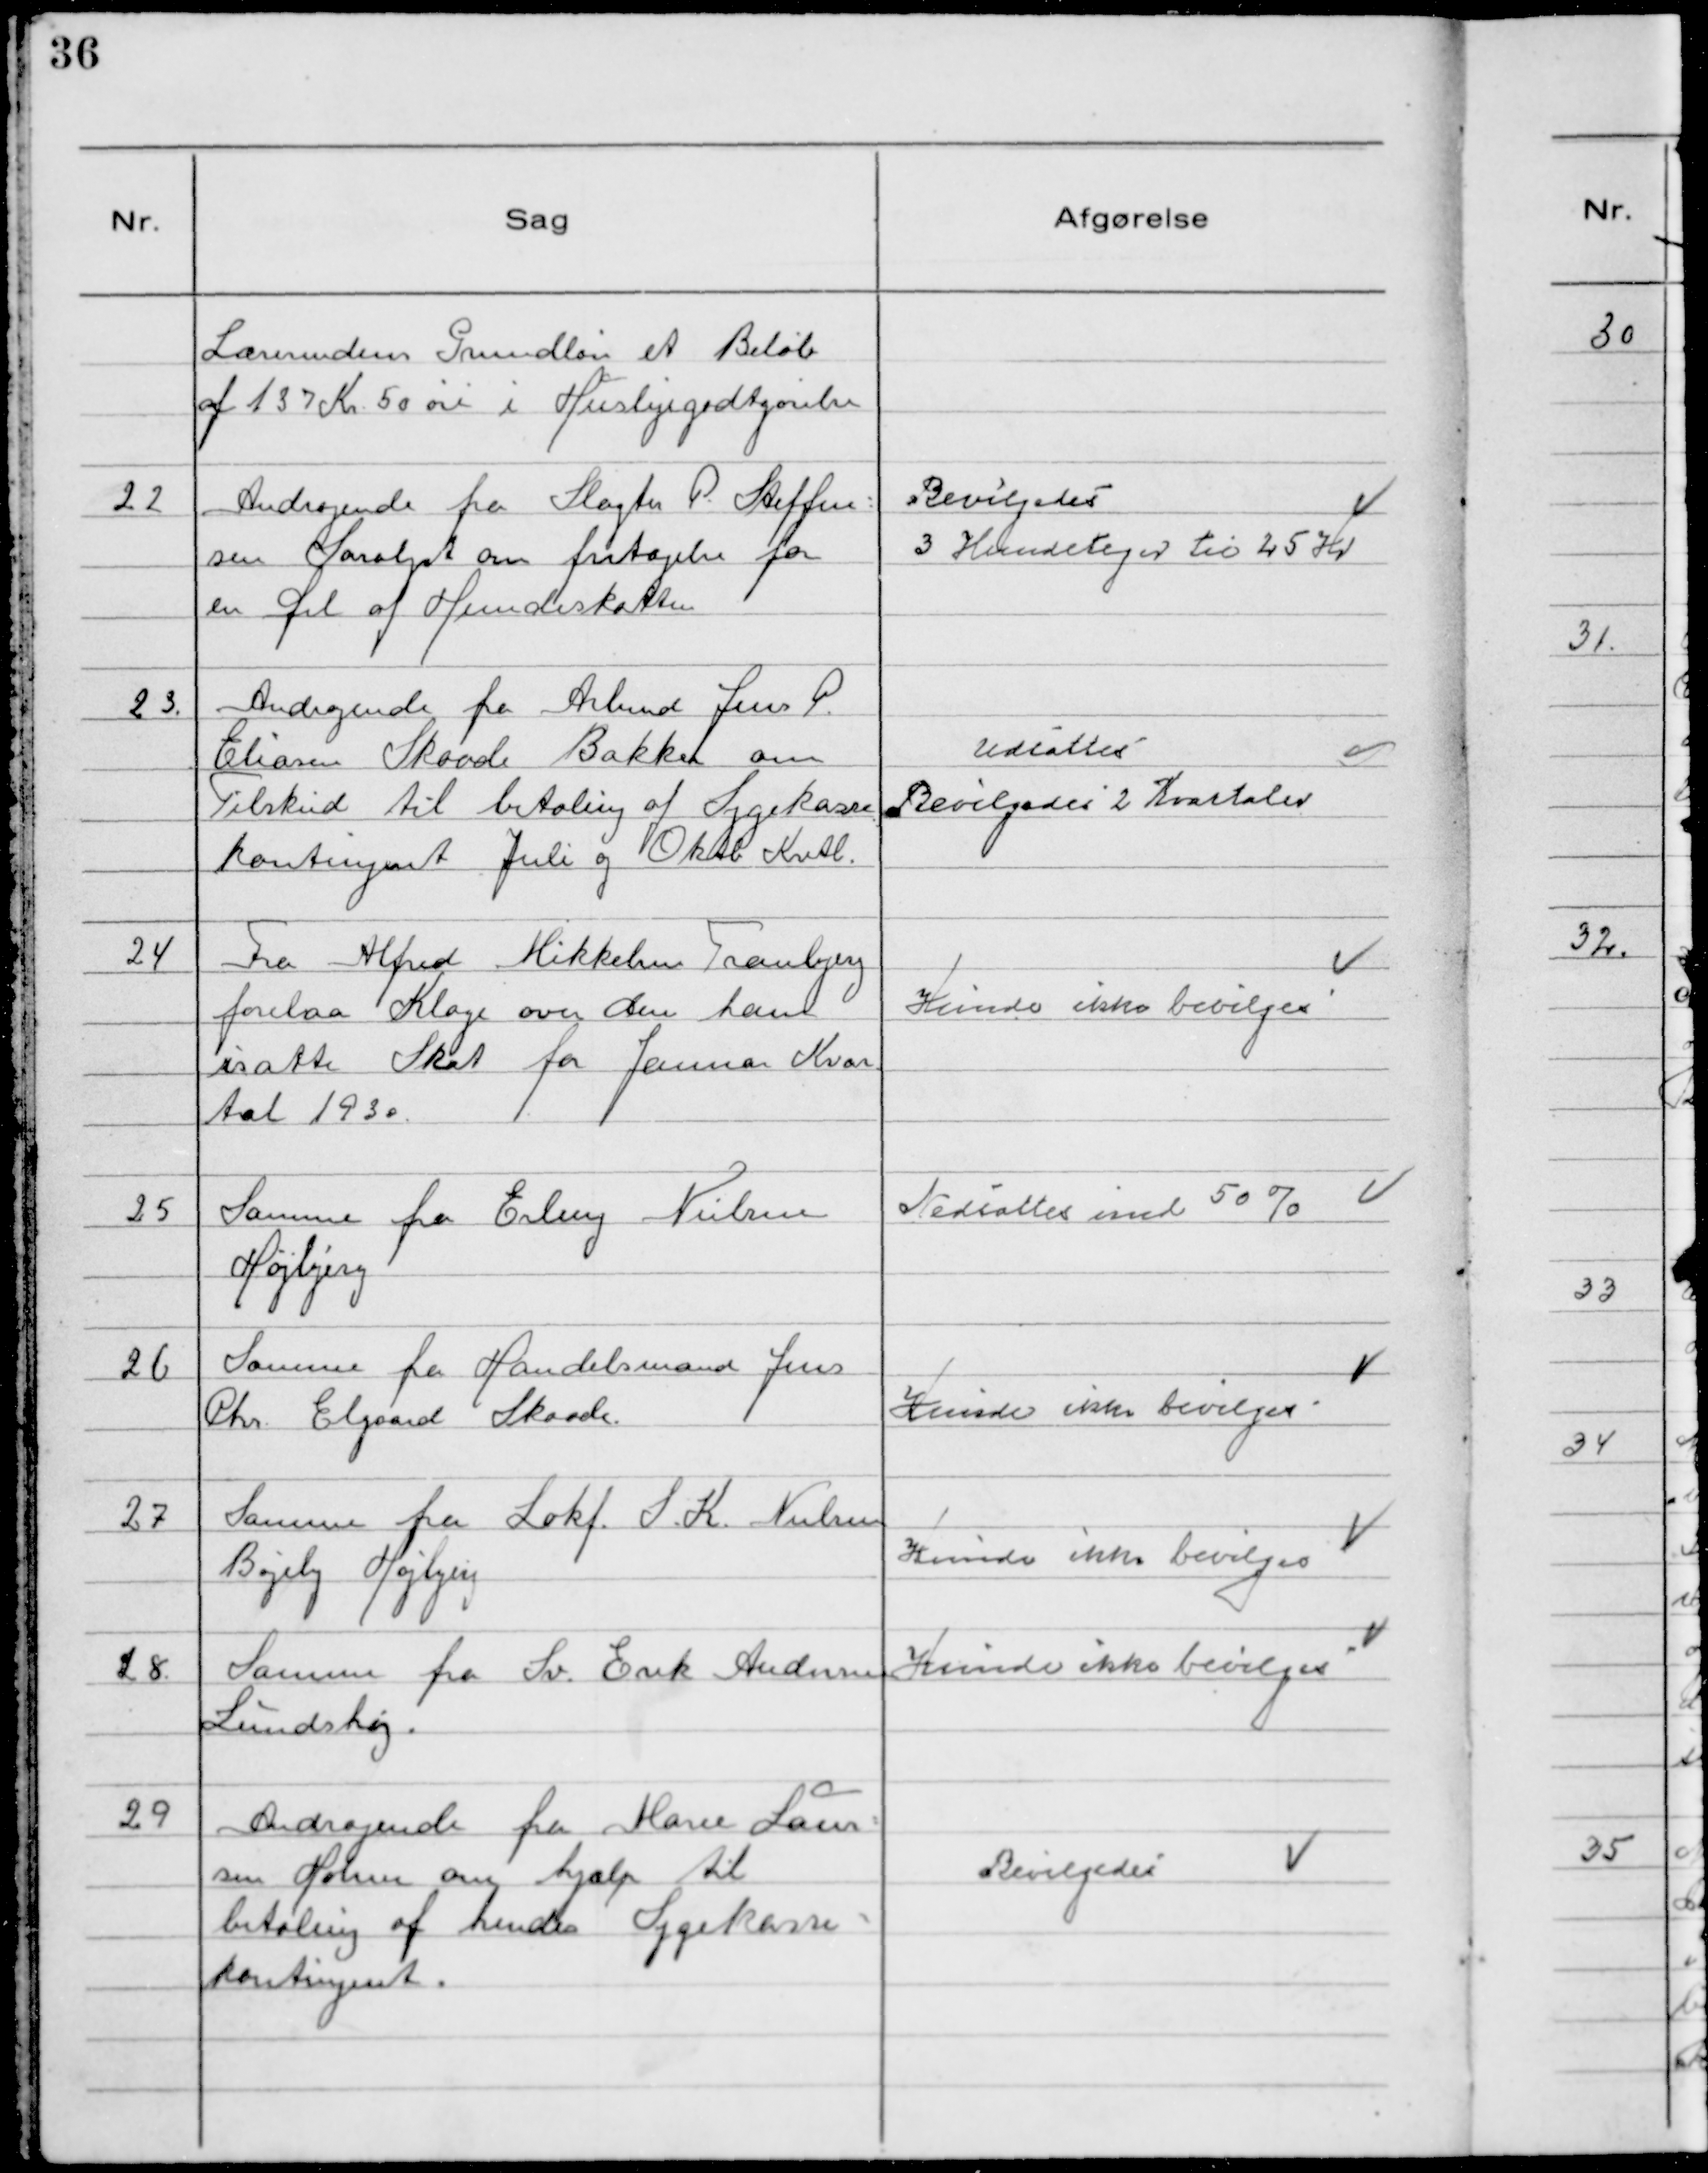
Transskription:
Lærerindens Grundløn et Beløb
af 137 Kr 50 øre i Huslejegodtgørelse

22 Andragende fra Slagter P. Steffen-
sen Saralyst om fritagelse for
en del af Hundeskatten

Bevilgedes
3 Hundetegn til 25 Kr

23. Andragende fra Arbmd Jens P.
Eliasen Skaade Bakker om
Tilskud til betaling af Sygekasse
kontingent Juli og Oktb Kvtl.

Udsattes
Bevilgedes 2 Kvartaler

24 Fra Alfred Mikkelsen Tranbjerg
forelaa Klage over den ham
isatte Skat for Januar Kvar
tal 1930.

Kunde ikke bevilges

25 Samme fra Erling Nielsen
Højbjerg

Nedsattes med 50%

26 Samme fra Handelsmand Jens
Chr. Elgaard Skaade.

Kunde ikke bevilges

27 Samme fra Lokf. S.K. Nielsen
Bøgely Højbjerg

Kunde ikke bevilges

28. Samme fra Sv. Erik Andersen
Lundshøj.

Kunde ikke bevilges

29 Andragende fra Marie Laur-
sen Holme om hjælp til
betaling af hendes Sygekasse-
kontingent.

Bevilgedes